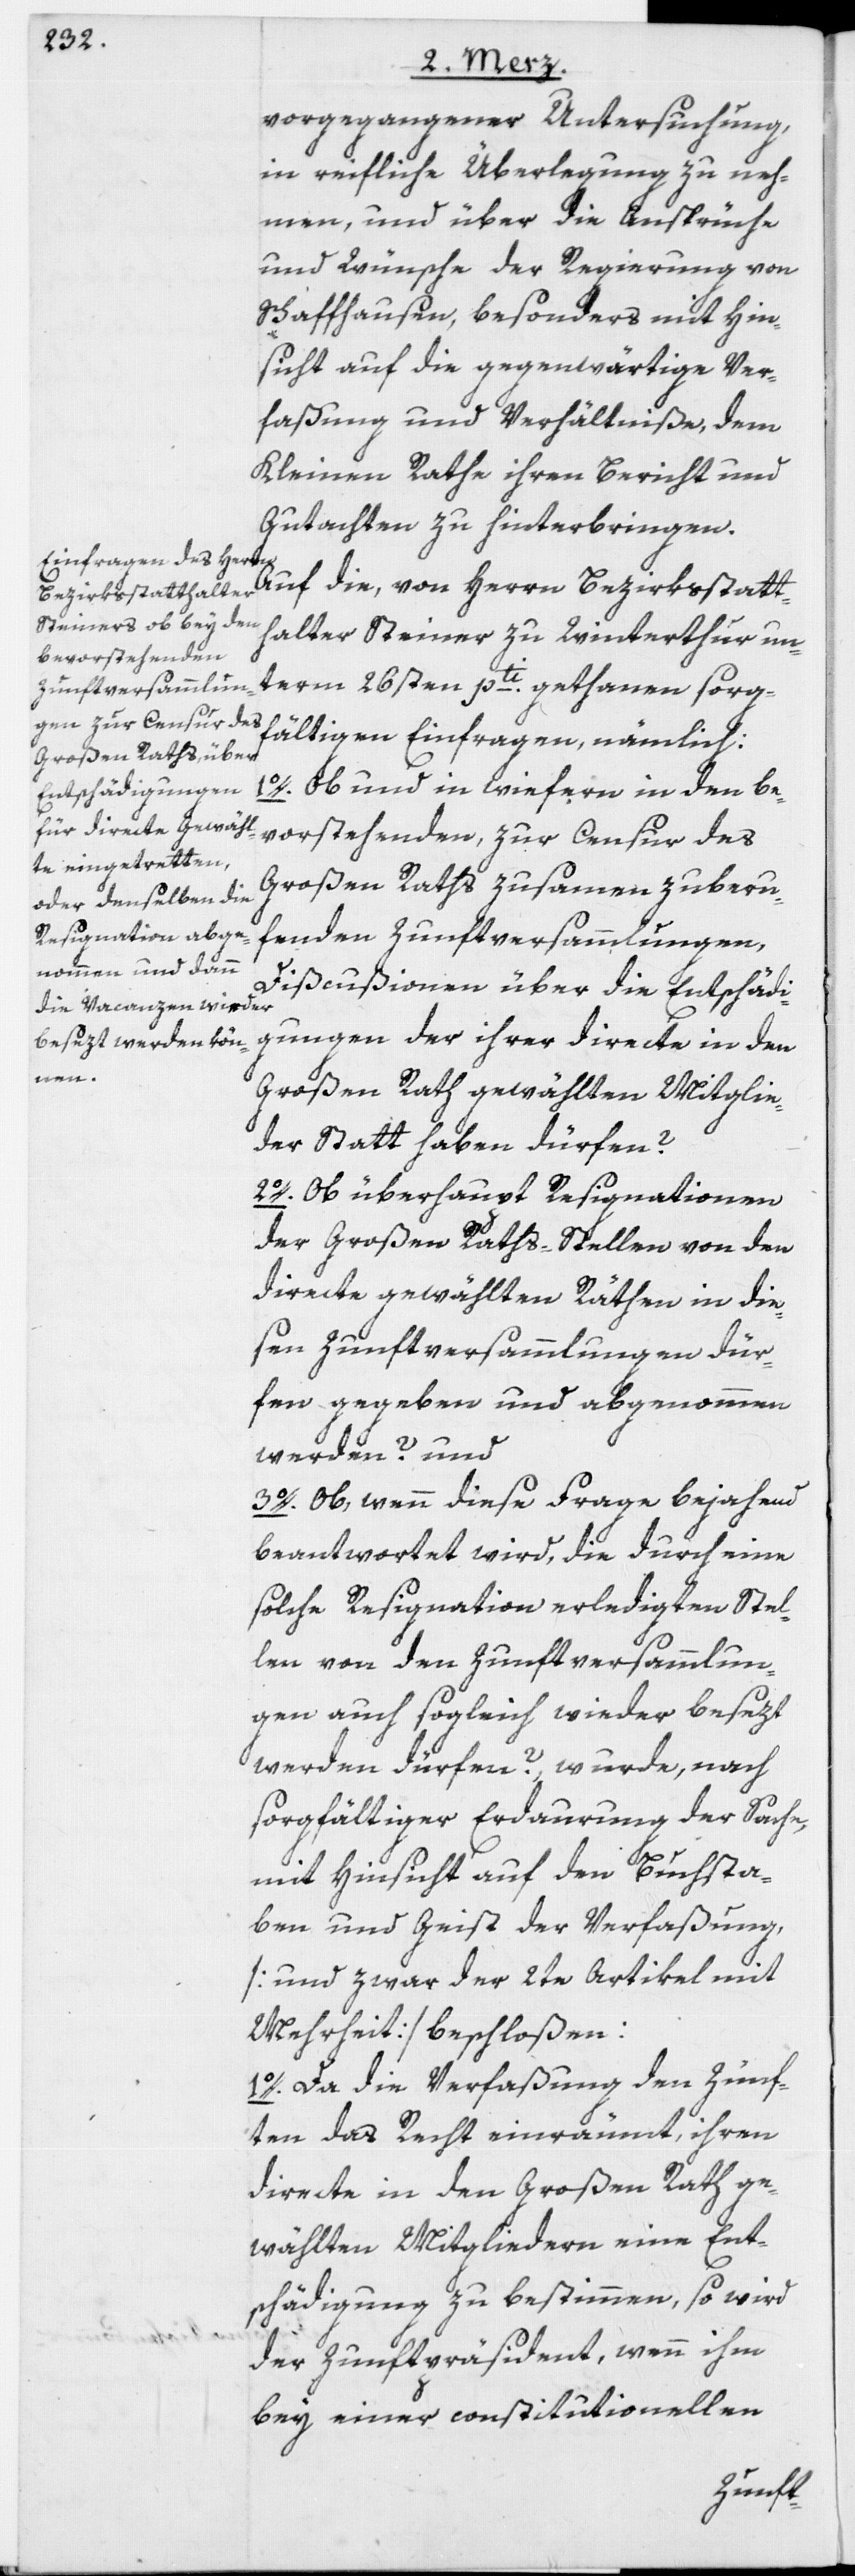
vorgegangener Untersuchung,
in reifliche Überlegung zu neh¬
men, und über die Ansprüche
und Wünsche der Regierung von
Schaffhausen, besonders mit Hin¬
sicht auf die gegenwärtige Ver¬
faßung und Verhältniße, dem
Kleinen Rathe ihren Bericht und
Gutachten zu hinterbringen.
Auf die, von Herrn Bezirksstatt¬
halter Steiner zu Winterthur un¬
term 26sten pti. gethanen sorg¬
fältigen Einfragen, nämlich:
1o. Ob und in wiefern in den be¬
vorstehenden, zur Censur des
Großen Raths zusamen zu beru¬
fenden Zunftversammlungen,
Discußionen über die Entschädi¬
gungen der ihrer directe in den
Großen Rath gewählten Mitglie¬
der Statt haben dürfen?
2o. Ob überhaupt Resignationen
der Großen Raths-Stellen von den
directe gewählten Räthen in die¬
sen Zunftversammlungen dür¬
fen gegeben und abgenommen
werden? und
3o. Ob, wenn diese Frage bejahend
beantwortet wird, die durch eine
solche Resignation erledigten Stel¬
len von den Zunftversammlun¬
gen auch sogleich wieder besezt
werden dürfen?, wurde, nach
sorgfältiger Erdaurung der Sache,
mit Hinsicht auf den Buchsta¬
ben und den Geist der Verfaßung,
[und zwar der 2te Artikel mit
Mehrheit] beschloßen:
1o. Da die Verfaßung den Zünf¬
ten das Recht einräumt, ihren
directe in den Großen Rath ge¬
wählten Mitgliedern eine Ent¬
schädigung zu bestimmen, so wird
der Zunftpräsident, wenn ihm
bey einer constitutionellen